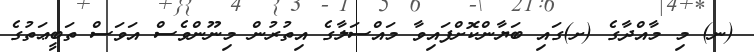
(ނ) މި މާއްދާގެ (ށ)ގައި ބަޔާންކޮށްފައިވާ މައްސަލާގެ އިތުރުން މިނޫންވެސް އަވަސް ތަބީޢަތުގެ